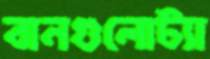
বানগুলোট্যা